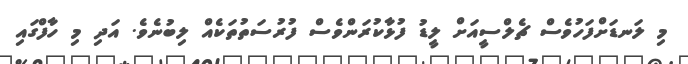
މި ލަނޑަށްފަހުވެސް ޗެލްސީއަށް ލީޑު ފުޅާކުރަންވެސް ފުރުސަތުތަކެއް ލިބުނެވެ. އަދި މި ހާފްގައި